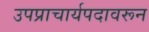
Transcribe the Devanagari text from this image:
उपप्राचार्यपदावरून